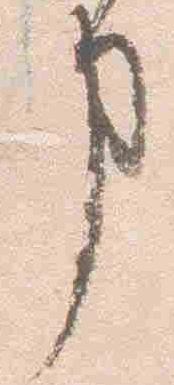
事